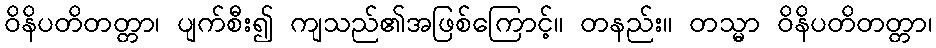
ဝိနိပတိတတ္တာ၊ ပျက်စီး၍ ကျသည်၏အဖြစ်ကြောင့်။ တနည်း။ တသ္မာ ဝိနိပတိတတ္တာ၊